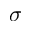
\boldsymbol { \sigma }